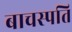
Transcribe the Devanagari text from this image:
बाचस्पति